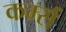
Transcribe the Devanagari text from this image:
कर्म्स